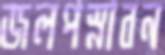
জলপস্নাবন